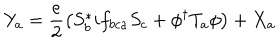
Y _ { a } = \frac { e } { 2 } \left( S _ { b } ^ { * } i f _ { b c a } S _ { c } + \phi ^ { \dagger } T _ { a } \phi \right) + X _ { a }